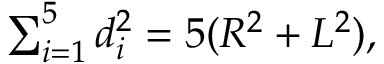
\textstyle \sum _ { i = 1 } ^ { 5 } d _ { i } ^ { 2 } = 5 ( R ^ { 2 } + L ^ { 2 } ) ,